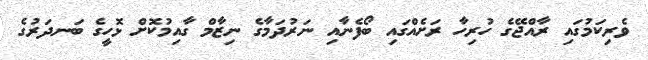
ވެރިކަމުގައި ރާއްޖޭގެ ހުރިހާ ރަށެއްގައި ބޯފެނާއި ނަރުދަމާގެ ނިޒާމް ގާއިމުކޮށް ޅޮހީގެ ބަނދަރުގެ